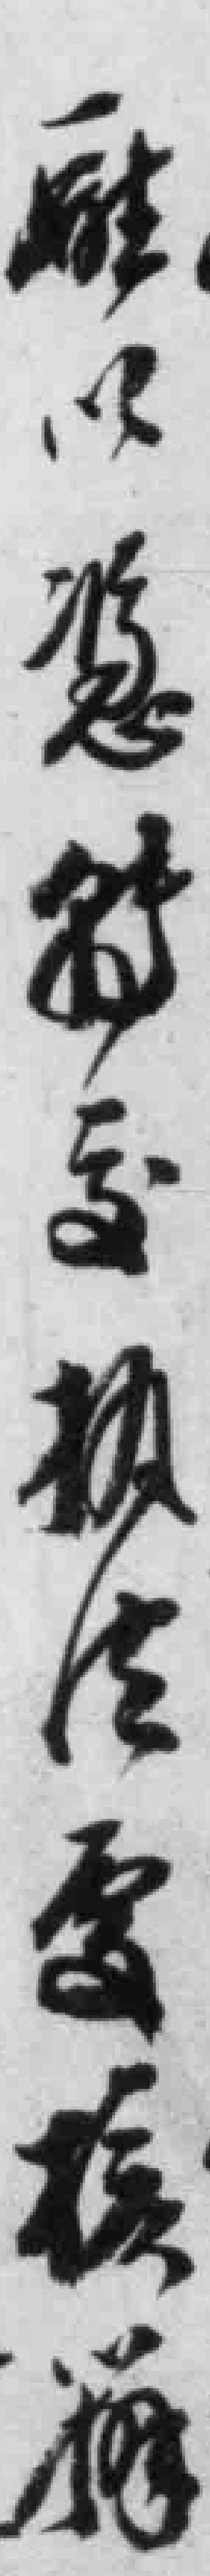
*以*交执法*核*